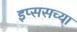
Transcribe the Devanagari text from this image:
इप्ससच्या